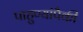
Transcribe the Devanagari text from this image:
पाहुण्यांपैकी